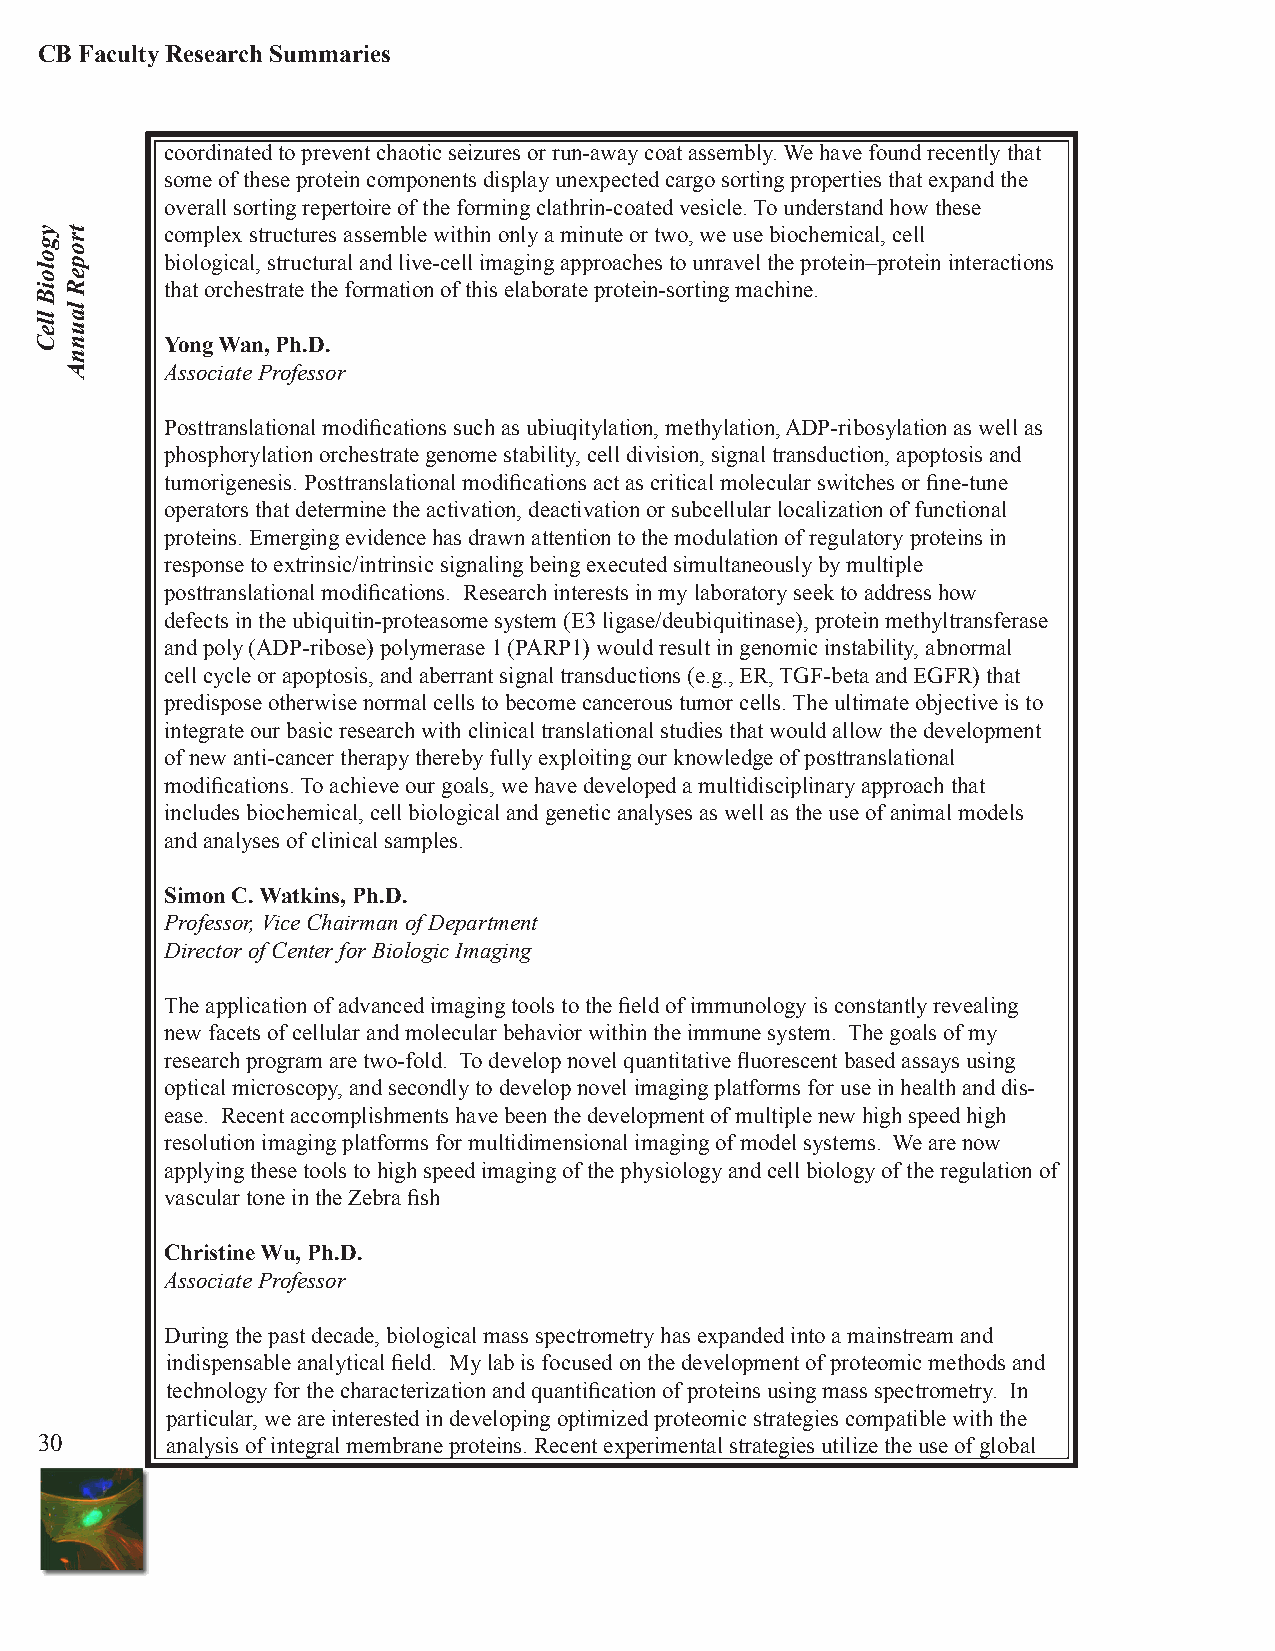
CB Faculty Research Summaries
 coordinated to prevent chaotic seizures or run-away coat assembly. We have found recently that
 some of these protein components display unexpected cargo sorting properties that expand the
 overall sorting repertoire of the forming clathrin-coated vesicle. To understand how these
 complex structures assemble within only a minute or two, we use biochemical, cell
 biological, structural and live-cell imaging approaches to unravel the protein–protein interactions
 that orchestrate the formation of this elaborate protein-sorting machine.
 Yong Wan, Ph.D.
 Associate Professor
 Posttranslational modifications such as ubiuqitylation, methylation, ADP-ribosylation as well as
 phosphorylation orchestrate genome stability, cell division, signal transduction, apoptosis and
 tumorigenesis. Posttranslational modifications act as critical molecular switches or fine-tune
 operators that determine the activation, deactivation or subcellular localization of functional
 proteins. Emerging evidence has drawn attention to the modulation of regulatory proteins in
 response to extrinsic/intrinsic signaling being executed simultaneously by multiple
 posttranslational modifications. Research interests in my laboratory seek to address how
 defects in the ubiquitin-proteasome system (E3 ligase/deubiquitinase), protein methyltransferase
 and poly (ADP-ribose) polymerase 1 (PARP1) would result in genomic instability, abnormal
 cell cycle or apoptosis, and aberrant signal transductions (e.g., ER, TGF-beta and EGFR) that
 predispose otherwise normal cells to become cancerous tumor cells. The ultimate objective is to
 integrate our basic research with clinical translational studies that would allow the development
 of new anti-cancer therapy thereby fully exploiting our knowledge of posttranslational
 modifications. To achieve our goals, we have developed a multidisciplinary approach that
 includes biochemical, cell biological and genetic analyses as well as the use of animal models
 and analyses of clinical samples.
 Simon C. Watkins, Ph.D.
 Professor, Vice Chairman of Department
 Director of Center for Biologic Imaging
 The application of advanced imaging tools to the field of immunology is constantly revealing
 new facets of cellular and molecular behavior within the immune system. The goals of my
 research program are two-fold. To develop novel quantitative fluorescent based assays using
 optical microscopy, and secondly to develop novel imaging platforms for use in health and dis-
 ease. Recent accomplishments have been the development of multiple new high speed high
 resolution imaging platforms for multidimensional imaging of model systems. We are now
 applying these tools to high speed imaging of the physiology and cell biology of the regulation of
 vascular tone in the Zebra fish
 Christine Wu, Ph.D.
 Associate Professor
 During the past decade, biological mass spectrometry has expanded into a mainstream and
 indispensable analytical field. My lab is focused on the development of proteomic methods and
 technology for the characterization and quantification of proteins using mass spectrometry. In
 particular, we are interested in developing optimized proteomic strategies compatible with the
 30       analysis of integral membrane proteins. Recent experimental strategies utilize the use of global
 ygoloiB
 lleC
 tropeR
 launnA